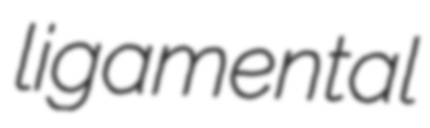
ligamental